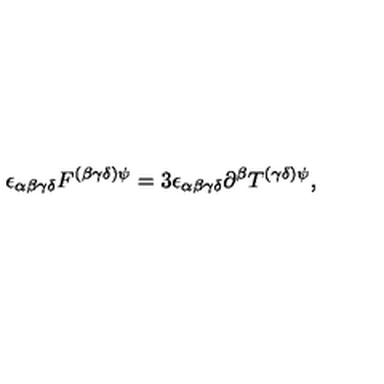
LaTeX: \epsilon _ { \alpha \beta \gamma \delta } F ^ { ( \beta \gamma \delta ) \psi } = 3 \epsilon _ { \alpha \beta \gamma \delta } \partial ^ { \beta } T ^ { ( \gamma \delta ) \psi } ,